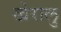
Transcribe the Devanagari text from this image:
खेरालु